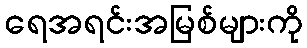
ရေအရင်းအမြစ်များကို